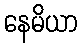
နေမိယာ